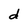
Character: d